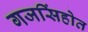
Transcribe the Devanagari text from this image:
गजसिंहोत